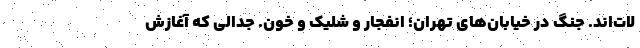
لات‌اند. جنگ در خیابان‌های تهران؛ انفجار و شلیک و خون. جدالی که آغازش